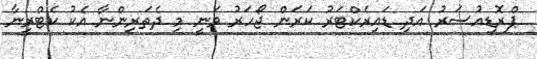
ޕްރޮޑިއުސަރު އަދި ޑައިރެކްޓަރު ކަރަން ޖޯހަރު ވަނީ މި ދެތަރިންނާ އެކު ކެޓްރީނާ